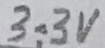
Text: 3.3V